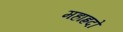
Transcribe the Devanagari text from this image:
महाह्रदो